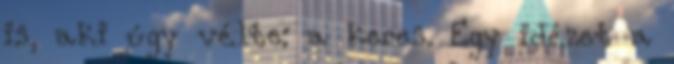
is, aki úgy vélte: a keres. Egy idézet a